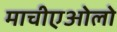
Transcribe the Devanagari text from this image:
माचीएओलो